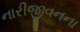
નારીજીવનના